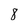
Character: 8